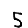
Digit: 5